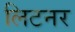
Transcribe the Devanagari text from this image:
लिटनर